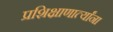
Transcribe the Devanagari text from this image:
प्रशिक्षाणार्त्यांना